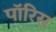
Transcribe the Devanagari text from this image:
पॉरिस